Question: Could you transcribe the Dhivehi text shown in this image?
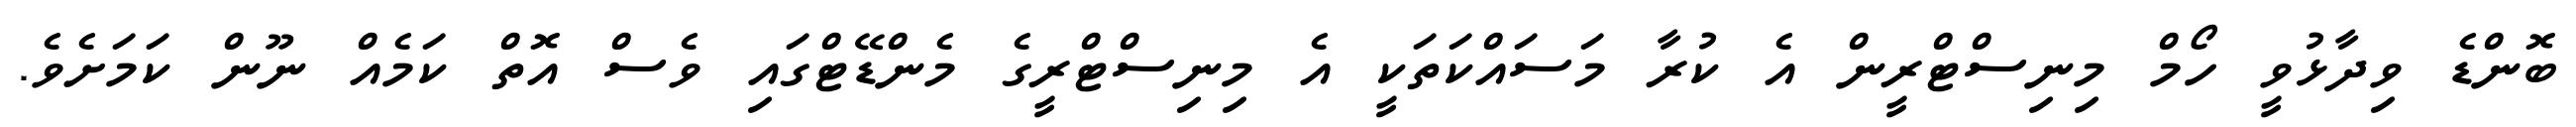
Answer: ބޮންޑެ ވިދާޅުވީ ހޯމް މިނިސްޓްރީން އެ ކުރާ މަސައްކަތަކީ އެ މިނިސްޓްރީގެ މެންޑޭޓްގައި ވެސް އޮތް ކަމެއް ނޫން ކަމަށެވެ.